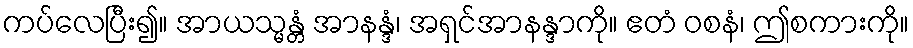
ကပ်လေပြီး၍။ အာယသ္မန္တံ အာနန္ဒံ၊ အရှင်အာနန္ဒာကို။ ဧတံ ဝစနံ၊ ဤစကားကို။